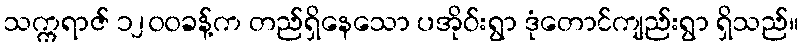
သက္ကရာဇ် ၁၂၀၀ခန့်က တည်ရှိနေသော ပအိုဝ်းရွာ ဒုံတောင်ကျည်းရွာ ရှိသည်။